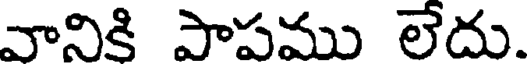
వానికి పాపము లేదు.